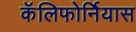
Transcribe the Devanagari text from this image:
कॅलिफोर्नियास